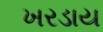
ખરડાય